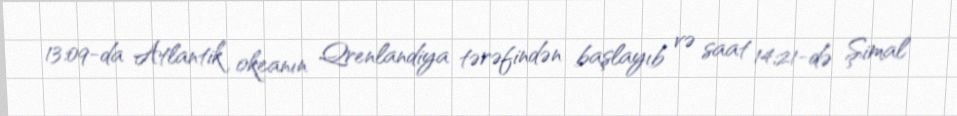
13:09-da Atlantik okeanın Qrenlandiya tərəfindən başlayıb və saat 14:21-də Şimal